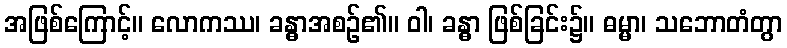
အဖြစ်ကြောင့်။ လောကဿ၊ ခန္ဓာအစဉ်၏။ ဝါ၊ ခန္ဓာ ဖြစ်ခြင်း၌။ ဓမ္မာ၊ သဘောတံတွာ